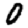
Digit: 0